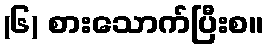
(၆) စားသောက်ပြီးစ။